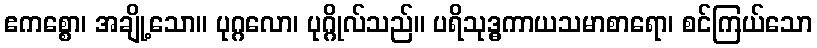
ဧကစ္စော၊ အချို့သော။ ပုဂ္ဂလော၊ ပုဂ္ဂိုလ်သည်။ ပရိသုဒ္ဓကာယသမာစာရော၊ စင်ကြယ်သော